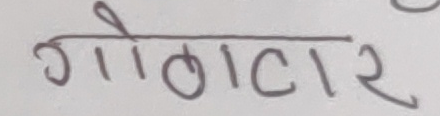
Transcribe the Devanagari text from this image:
गोलाटर